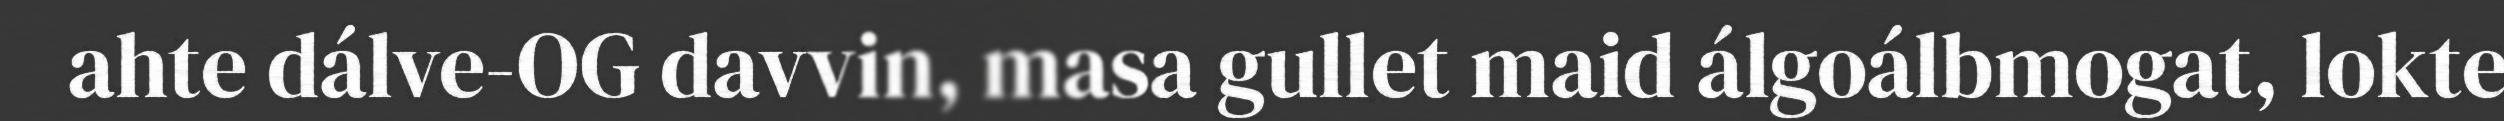
ahte dálve-OG davvin, masa gullet maid álgoálbmogat, lokte